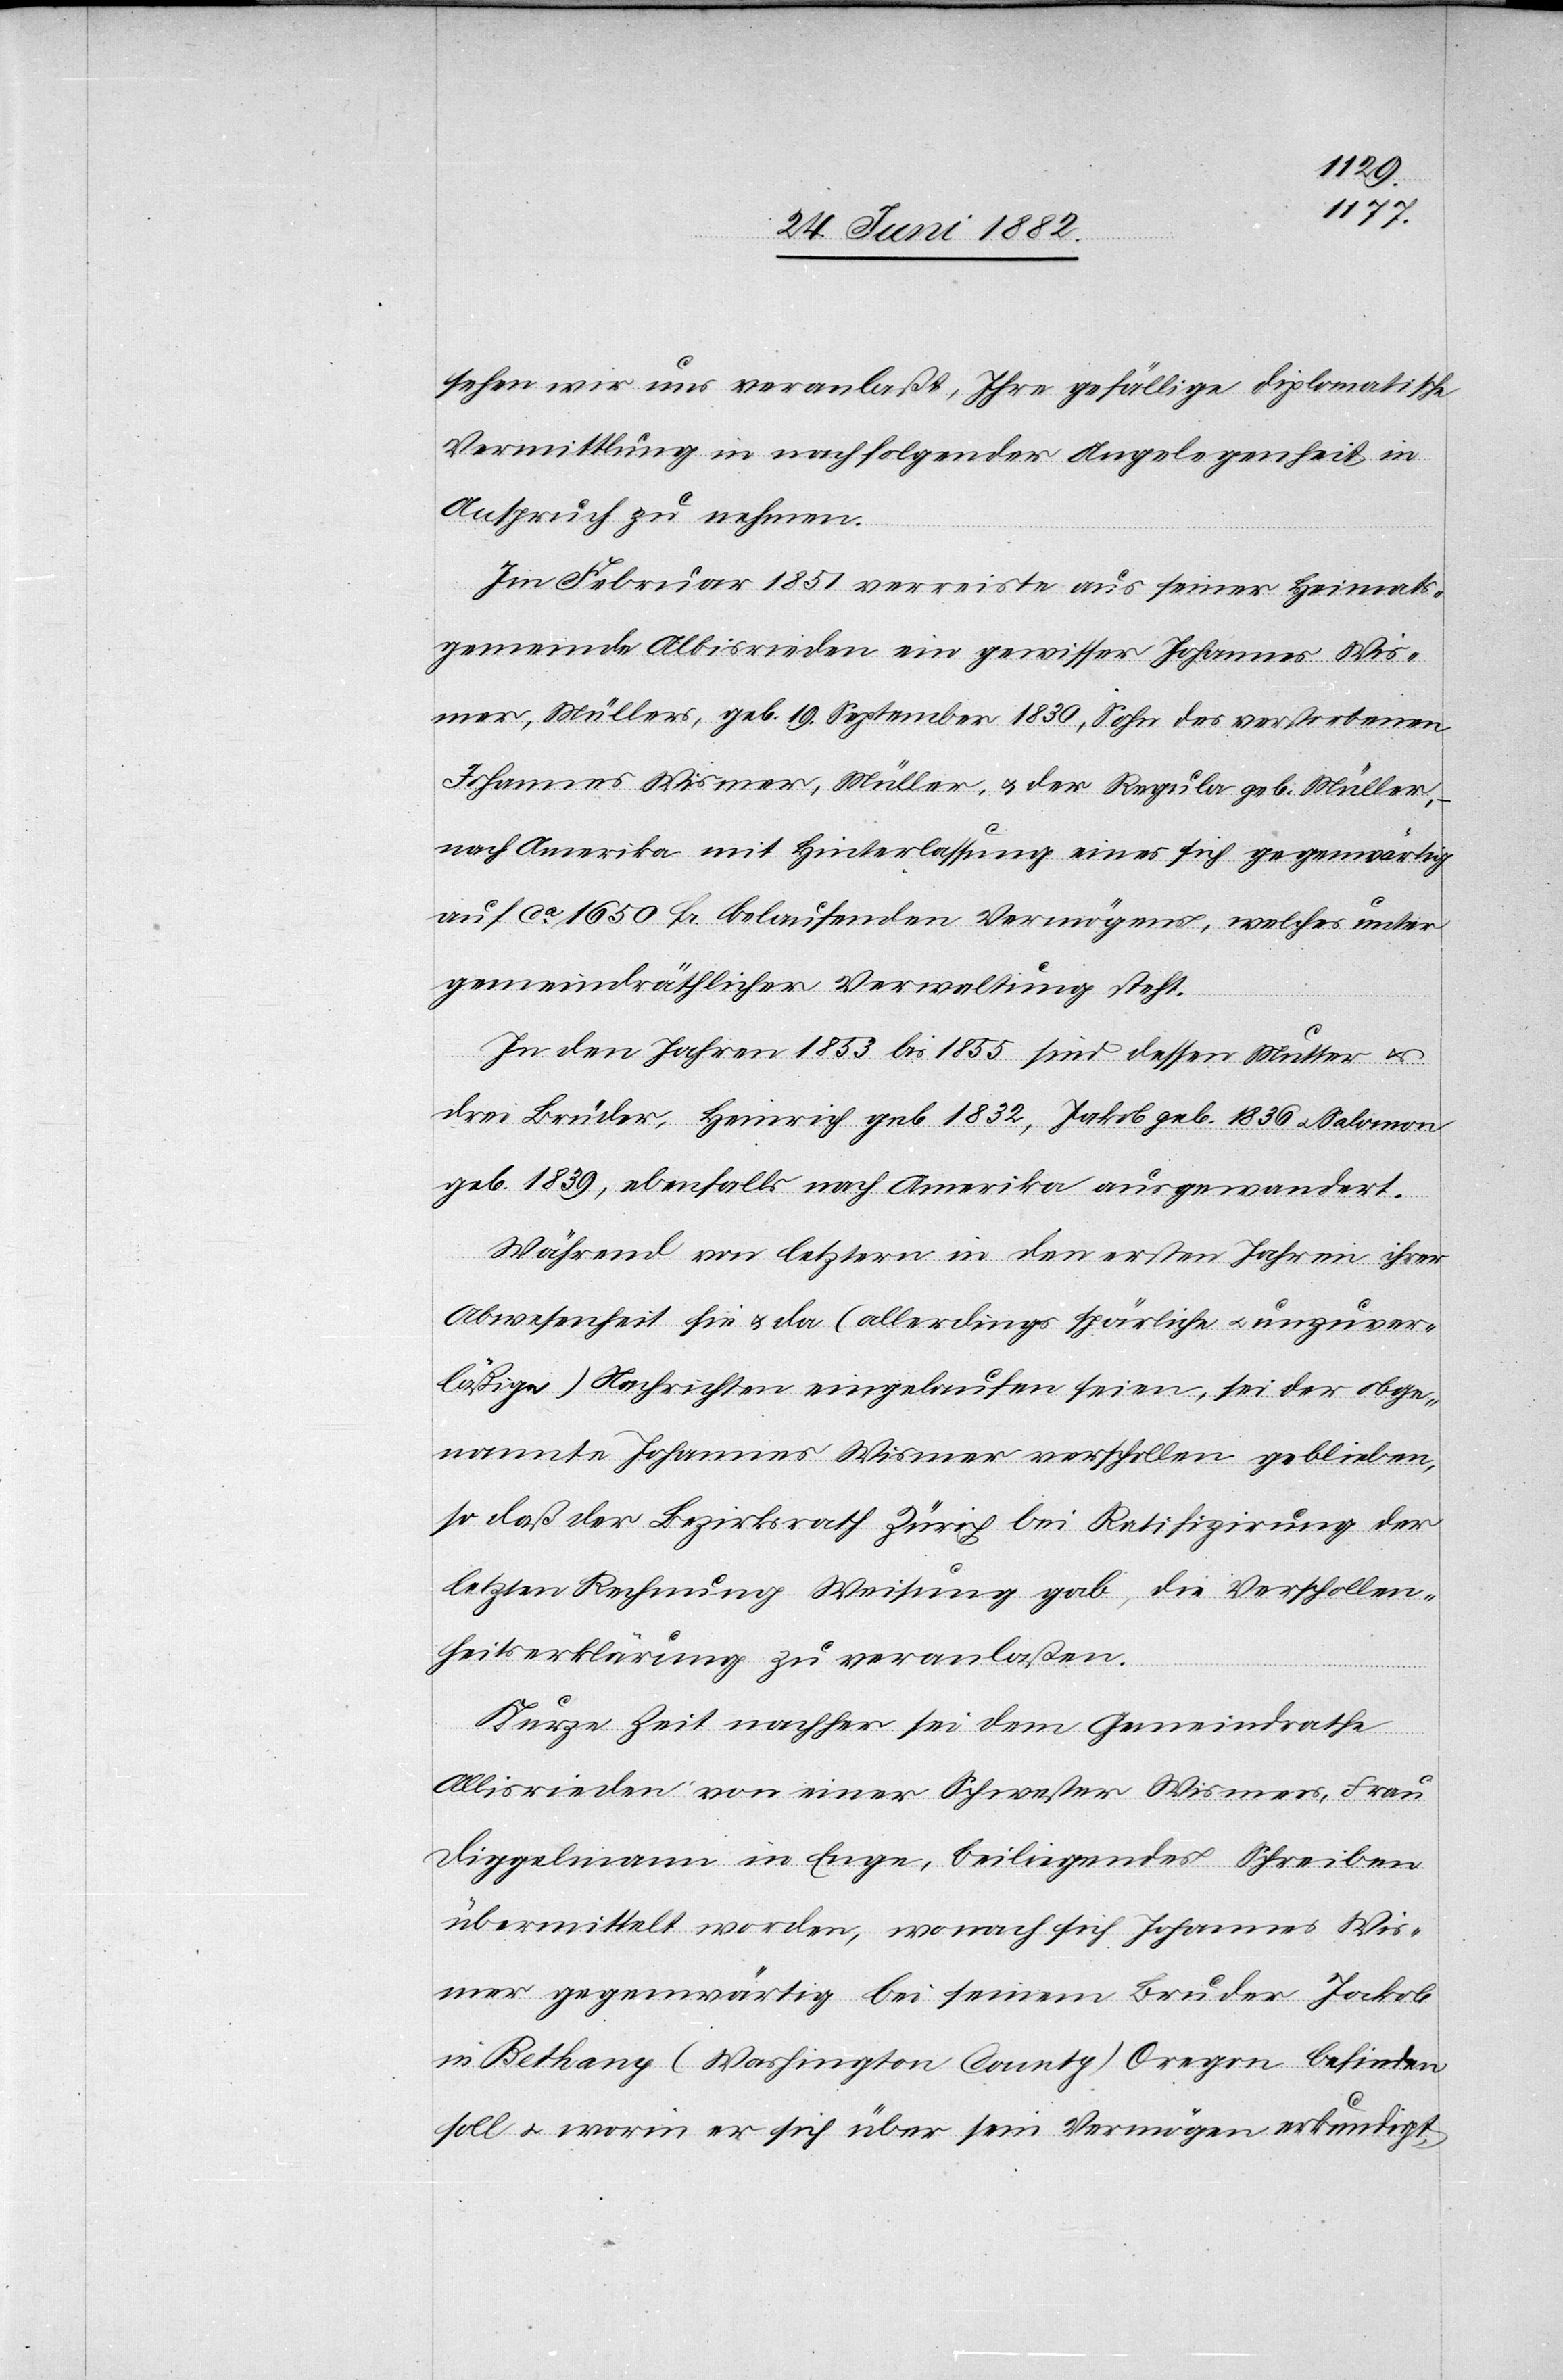
sehen wir uns veranlaßt, Ihre gefällige diplomatische
Vermittlung in nachfolgender Angelegenheit in
Anspruch zu nehmen.
Im Februar 1851 verreiste aus seiner Heimats¬
gemeinde Albisrieden ein gewisser Johannes Wis¬
mer, Müllers, geb. 19. September 1830, Sohn des verstorbenen
Johannes Wismer, Müller, u. der Regula geb. Müller,
nach Amerika mit Hinterlassung eines sich gegenwärtig
auf ca 1650 Fr. belaufenden Vermögens, welches unter
gemeindräthlicher Verwaltung steht.
In den Jahren 1853 bis 1855 sind dessen Mutter u.
drei Brüder, Heinrich geb. 1832, Jakob geb. 1836 u. Salomon
geb. 1838, ebenfalls nach Amerika ausgewandert.
Während von letztern in den ersten Jahren ihrer
Abwesenheit hie u. da (allerdings spärliche u. unzuver¬
läßige) Nachrichten eingelaufen seien, sei der obge¬
nannte Johannes Wismer verschollen geblieben,
so daß der Bezirksrath Zürich bei Ratifizirung der
letzten Rechnung Weisung hab, die Verschollen¬
heitserklärung zu veranlaßen.
Kurze Zeit nachher sei dem Gemeindrathe
Albisrieden von einer Schwester Wismers, Frau
Diggelmann in Enge, beiliegendes Schreiben
übermittelt worden, wonach sich Johannes Wis¬
mer gegenwärtig bei seinem Bruder Jakob
in Bethany (Washington County) Oregon befinden
soll u. worin er sich über sein Vermögen erkundigt